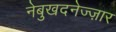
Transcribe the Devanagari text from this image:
नेबुखदनेज्ज़ार